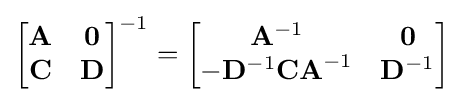
{\begin{bmatrix}\mathbf {A} &\mathbf {0} \\\mathbf {C} &\mathbf {D} \end{bmatrix}}^{-1}={\begin{bmatrix}\mathbf {A} ^{-1}&\mathbf {0} \\-\mathbf {D} ^{-1}\mathbf {CA} ^{-1}&\mathbf {D} ^{-1}\end{bmatrix}}